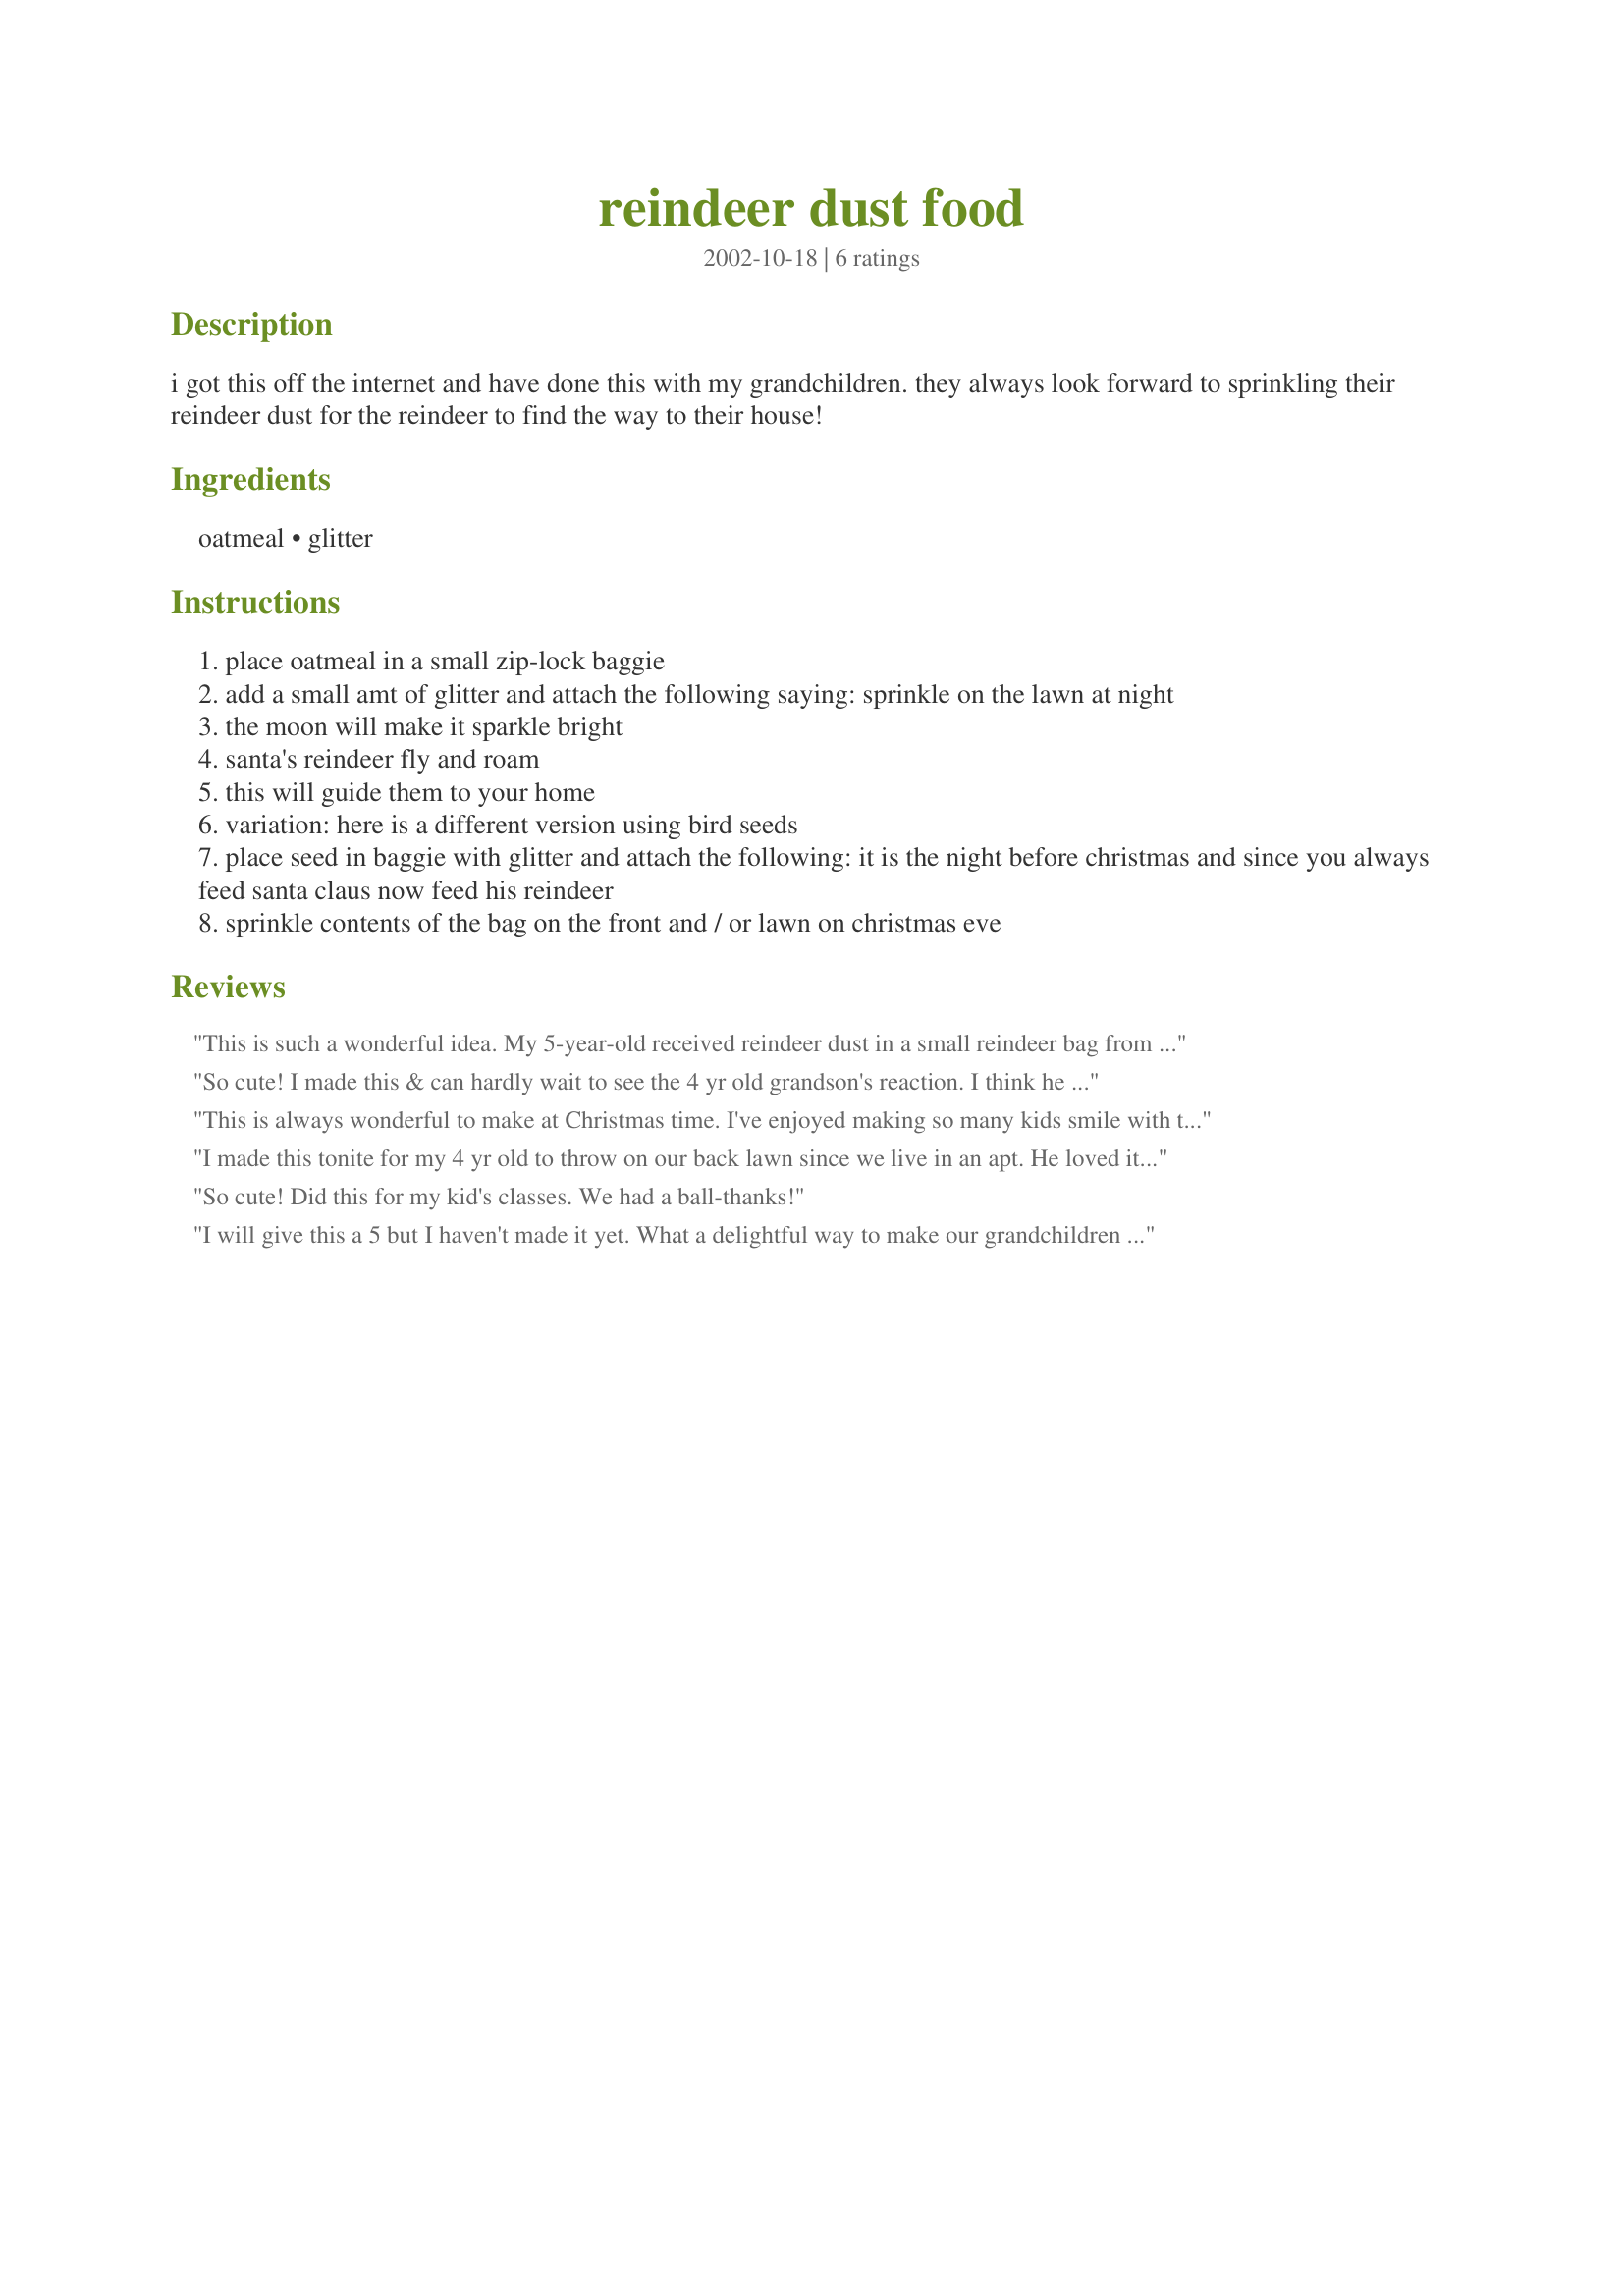
reindeer dust food
Preparation time: 0 minutes

i got this off the internet and have done this with my grandchildren. they always look forward to sprinkling their reindeer dust for the reindeer to find the way to their house!

Ingredients:
oatmeal, glitter

Steps:
place oatmeal in a small zip-lock baggie
add a small amt of glitter and attach the following saying: sprinkle on the lawn at night
the moon will make it sparkle bright
santa's reindeer fly and roam
this will guide them to your home
variation: here is a different version using bird seeds
place seed in baggie with glitter and attach the following: it is the night before christmas and since you always feed santa claus now feed his reindeer
sprinkle contents of the bag on the front and / or lawn on christmas eve

Reviews:
This is such a wonderful idea. My 5-year-old received reindeer dust in a small reindeer bag from his Christmas party at school, and we went outside to sprinkle the dust for the reindeer Christmas Eve. It was such a delightful experience and is great for children. Thank you for sharing.
So cute! I made this & can hardly wait to see the 4 yr old grandson's reaction. I think he will take dusting his lawn VERY seriously because he does want Santa to stop by this year. I used silver glitter & tied the jar with a red bow. Thank you for sharing a memory making recipe! Merry Christmas~
This is always wonderful to make at Christmas time. I've enjoyed making so many kids smile with this as a gift to them at X'mas time:)
I made this tonite for my 4 yr old to throw on our back lawn since we live in an apt. He loved it! Thanks for starting a new memory for us:)
So cute! Did this for my kid's classes. We had a ball-thanks!
I will give this a 5 but I haven't made it yet. What a delightful way to make our grandchildren smile.
